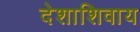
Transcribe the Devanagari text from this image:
देशाशिवाय